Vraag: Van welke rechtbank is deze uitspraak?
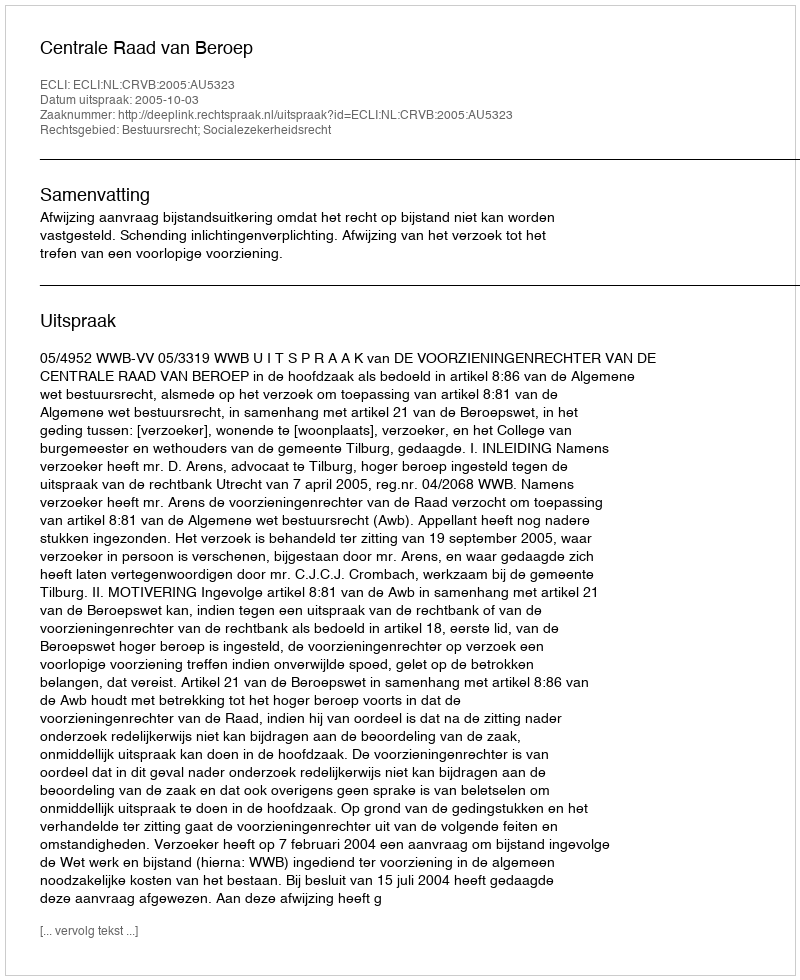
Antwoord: Centrale Raad van Beroep